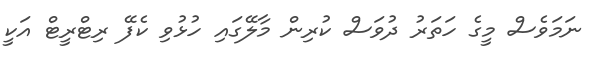
ނަމަވެސް މީގެ ހަތަރު ދުވަސް ކުރިން މާލޭގައި ހުޅުވި ކެފޭ ރިޓްރީޓް އަކީ